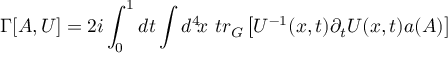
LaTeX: \Gamma [ A , U ] = 2 i \int _ { 0 } ^ { 1 } d t \int d ^ { 4 } \! x \ t r _ { G } \left[ U ^ { - 1 } ( x , t ) \partial _ { t } U ( x , t ) a ( { \cal A } ) \right]